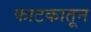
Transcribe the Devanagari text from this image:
फाटकातून